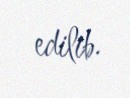
edilib.